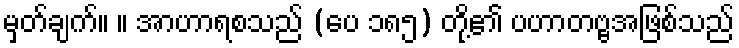
မှတ်ချက်။ ။ အာဟာရစသည် (ပေ ၁၈၅) တို့၏ ပဟာတဗ္ဗအဖြစ်သည်